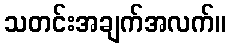
သတင်းအချက်အလက်။